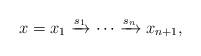
LaTeX: \begin{align*}x = x_1\xrightarrow{s_1}\cdots \xrightarrow{s_n} x_{n+1},\end{align*}